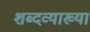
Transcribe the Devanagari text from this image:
शब्दव्याख्या